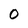
Character: 0